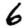
Digit: 6